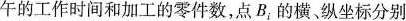
午的工作时间和加工的零件数，点B，的横。纵坐标分别